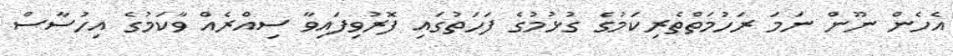
އެހެން ނޫން ނަމަ ރަހުމަތްތެރިކަމުގެ ގުޅުމުގެ ފަހަތުގައި ފޮރުވިފައިވާ ސިއްރެއް ވާކަމުގެ އިހުސާސް